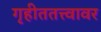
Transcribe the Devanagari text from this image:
गृहीततत्त्वावर